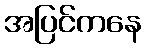
အပြင်ကနေ